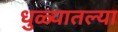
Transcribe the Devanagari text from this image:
धुळ्यातल्या